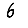
Digit: 6